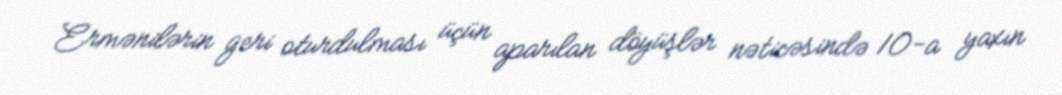
Ermənilərin geri oturdulması üçün aparılan döyüşlər nəticəsində 10-a yaxın